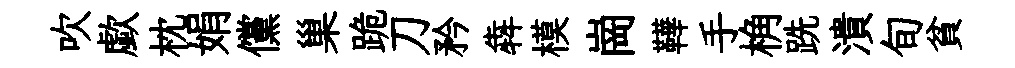
吹歔枕娟儻巢跪刀矜犇模崗鞾手桷跣潰旬貧